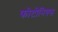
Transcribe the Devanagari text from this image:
फोटोनिक्स